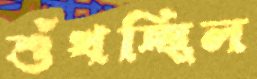
শুঁখচ্ছিল